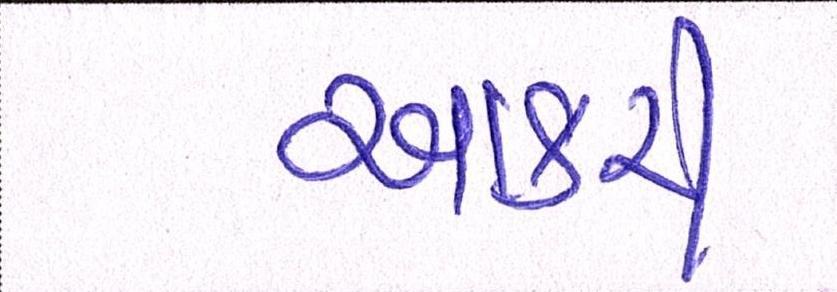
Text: આકરી